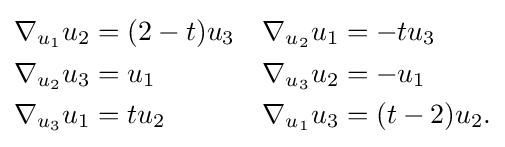
{\begin{aligned}\nabla _{u_{1}}u_{2}&=(2-t)u_{3}&\nabla _{u_{2}}u_{1}&=-tu_{3}\\\nabla _{u_{2}}u_{3}&=u_{1}&\nabla _{u_{3}}u_{2}&=-u_{1}\\\nabla _{u_{3}}u_{1}&=tu_{2}&\nabla _{u_{1}}u_{3}&=(t-2)u_{2}.\end{aligned}}